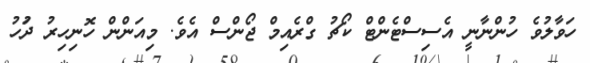
ހަވާލުވެ ހުންނާނީ އެސިސްޓެންޓް ކޯޗު ގްރެއިމް ޖޯންސް އެވެ. މިއަންން ހޮނިހިރު ދުަހު